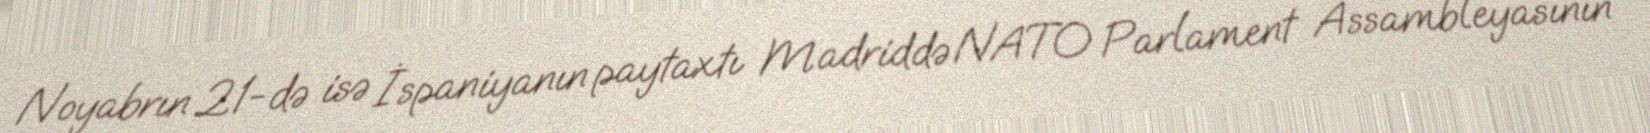
Noyabrın 21-də isə İspaniyanın paytaxtı Madriddə NATO Parlament Assambleyasının